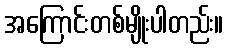
အကြောင်းတစ်မျိုးပါတည်း။